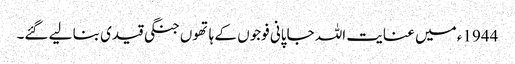
1944ء میں عنایت اللہ جاپانی فوجوں کے ہاتھوں جنگی قیدی بنا لیے گئے۔